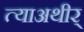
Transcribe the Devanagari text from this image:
त्याअथीर्